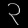
Digit: ၃